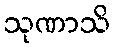
သုဏာသိ